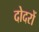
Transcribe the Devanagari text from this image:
दोदरों